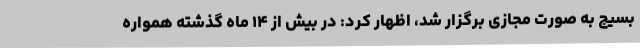
بسیج به صورت مجازی برگزار شد، اظهار کرد: در بیش از ۱۴ ماه گذشته همواره